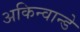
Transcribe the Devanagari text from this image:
अकिन्वान्डे